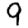
Digit: 9